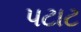
પટાટ